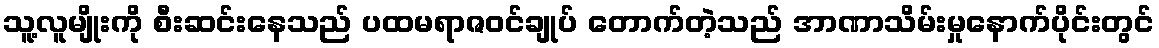
သူ့လူမျိုးကို စီးဆင်းနေသည် ပထမရာဇဝင်ချုပ် တောက်တဲ့သည် အာဏာသိမ်းမှုနောက်ပိုင်းတွင်